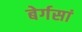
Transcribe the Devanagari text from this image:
बेर्गसां